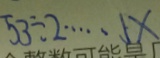
5 3 \div 2 \cdots 5 x